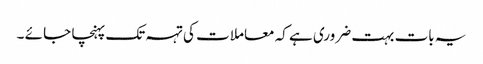
یہ بات بہت ضروری ہے کہ معاملا ت کی تہہ تک پہنچا جا ئے ۔